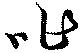
咋